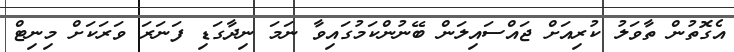
އެގޮތުން ތާވަލު ކުރިއަށް ޖައްސައިލަން ބޭނުންކަމުގައިވާ ނަމަ ނިދާގަޑި ފަނަރަ ވަރަކަށް މިނިޓް